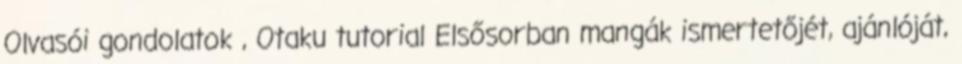
Olvasói gondolatok , Otaku tutorial Elsősorban mangák ismertetőjét, ajánlóját,